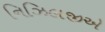
નિઝિલજીએ